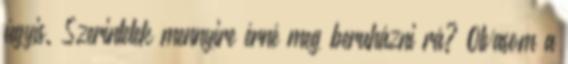
úgyis. Szerintetek mennyire érné meg beruházni rá? Olvasom a